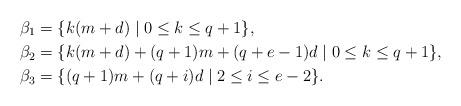
LaTeX: \begin{align*}\beta_{1}& =\{k(m+d)\mid 0\leq k\leq q+1\},\\\beta_{2}& =\{k(m+d)+(q+1)m+(q+e-1)d \mid 0\leq k\leq q+1\},\\\beta_{3}& =\{(q+1)m+(q+i)d\mid 2\leq i\leq e-2\}.\end{align*}